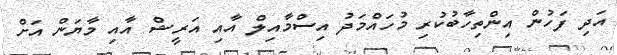
އަދި ފަހުން އިންތިހާބުކުރި މުހައްމަދު އިސްމާއިލް އާއި އަރީޝް އާއި މާޔަން އަށް